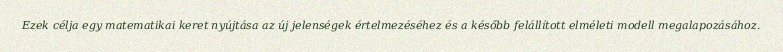
Ezek célja egy matematikai keret nyújtása az új jelenségek értelmezéséhez és a később felállított elméleti modell megalapozásához.